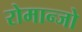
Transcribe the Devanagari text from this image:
रोमान्जो